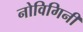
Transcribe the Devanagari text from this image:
नोविगिनी